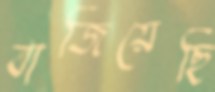
বাজিয়েছি